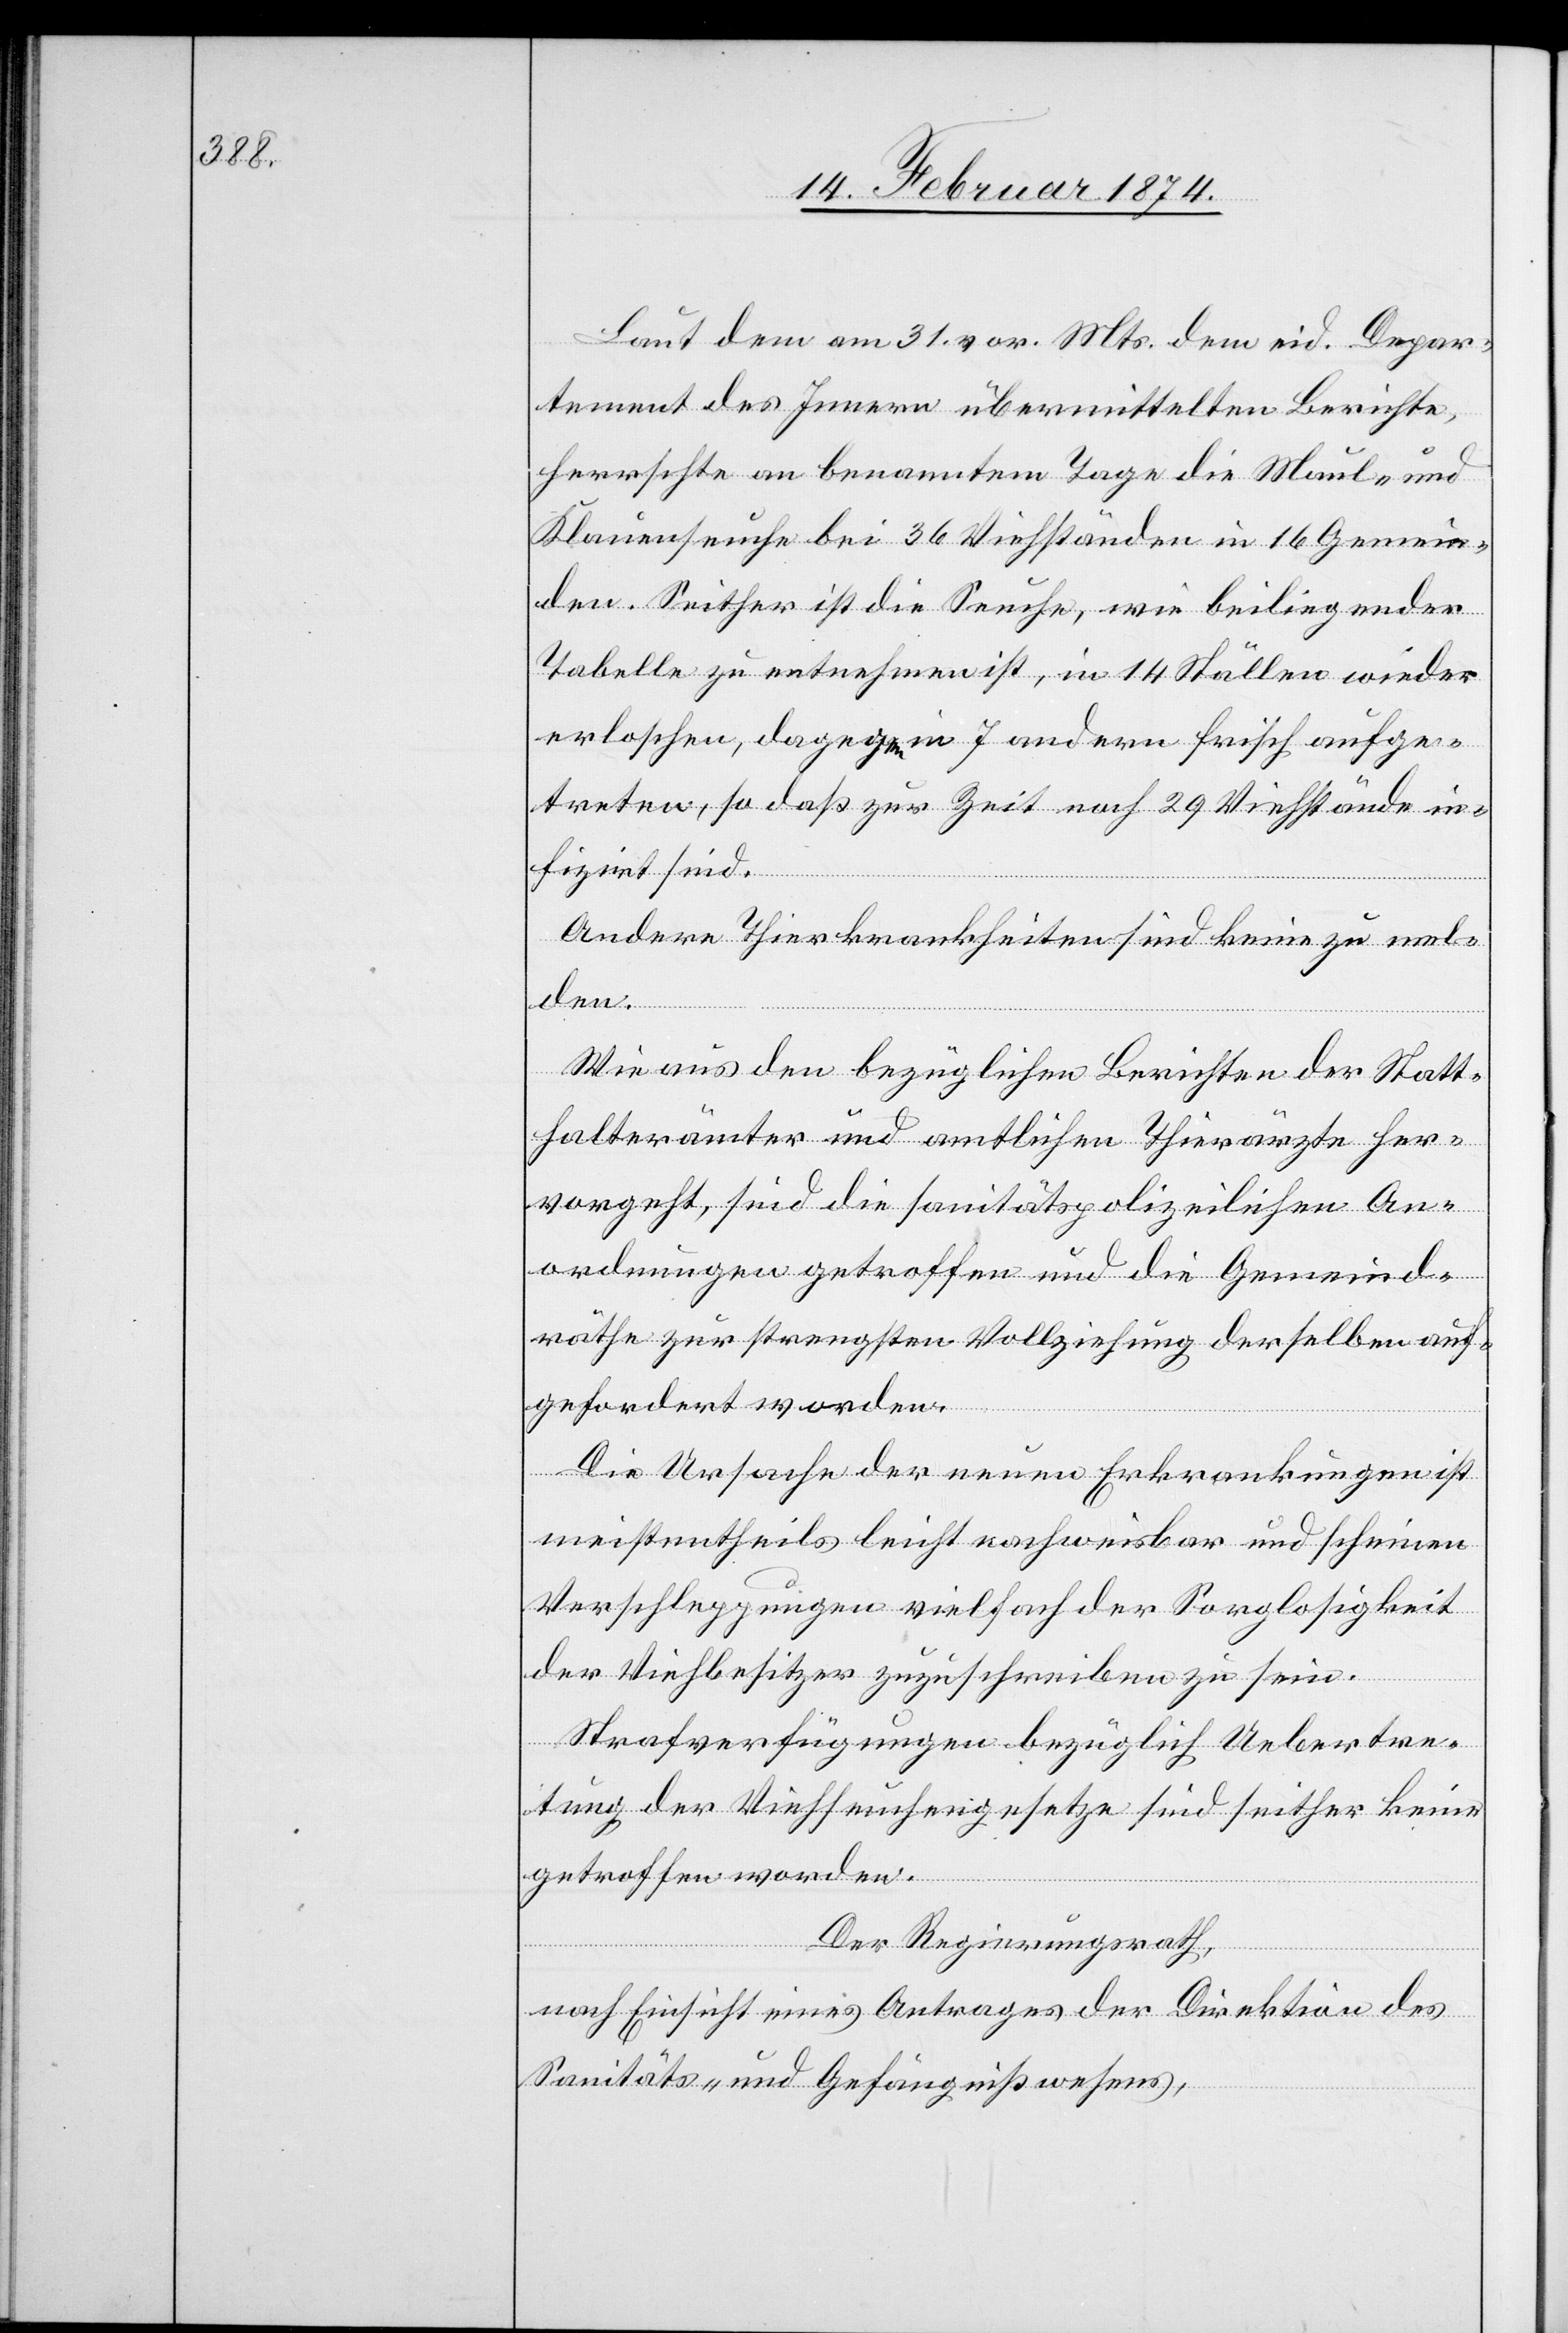
Laut dem am 31. vor. Mts. dem eid. Depar¬
tement des Innern übermittelten Berichte,
herrschte an benanntem Tage die Maul- und
Klauenseuche bei 36 Viehständen in 16 Gemein¬
den. Seither ist die Seuche, wie beiliegender
Tabelle zu entnehmen ist, in 14 Ställen wieder
erloschen, dagegen in 7 andern frisch aufge¬
treten, so daß zur Zeit noch 29 Viehstände in¬
fizirt sind.
Andere Thierkrankheiten sind keine zu mel¬
den.
Wie aus den bezüglichen Berichten der Statt¬
halterämter und amtlichen Thierärzte her¬
vorgeht, sind die sanitätspolizeilichen An¬
ordnungen getroffen und die Gemeind¬
räthe zur strengsten Vollziehung derselben auf¬
gefordert worden.
Die Ursache der neuen Erkrankungen ist
meistentheils leicht nachweisbar und scheinen
Verschleppungen vielfach der Sorglosigkeit
der Viehbesitzer zuzuschreiben zu sein.
Strafverfügungen bezüglich Uebertre¬
tung der Viehseuchengesetze sind seither keine
getroffen worden.
Der Regierungsrath,
nach Einsicht eines Antrages der Direktion des
Sanitäts- und Gefängnißwesens,